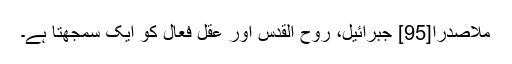
ملاصدرا[95] جبرائیل، روح القدس اور عقل فَعّال کو ایک سمجھتا ہے۔